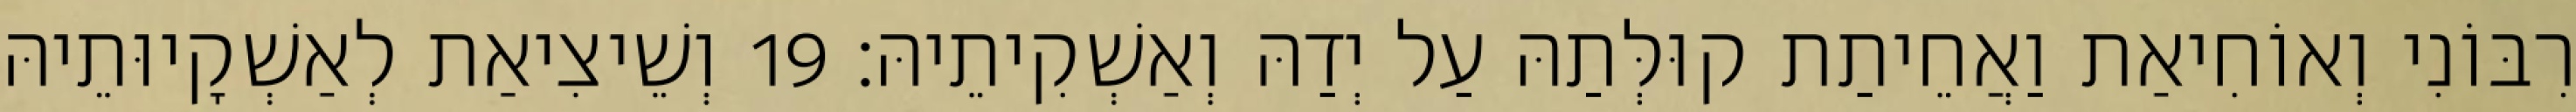
רִבּוֹנִי וְאוֹחִיאַת וַאֲחֵיתַת קוּלְּתַהּ עַל יְדַהּ וְאַשְׁקִיתֵיהּ׃ 19 וְשֵׁיצִיאַת לְאַשְׁקָיוּתֵיהּ